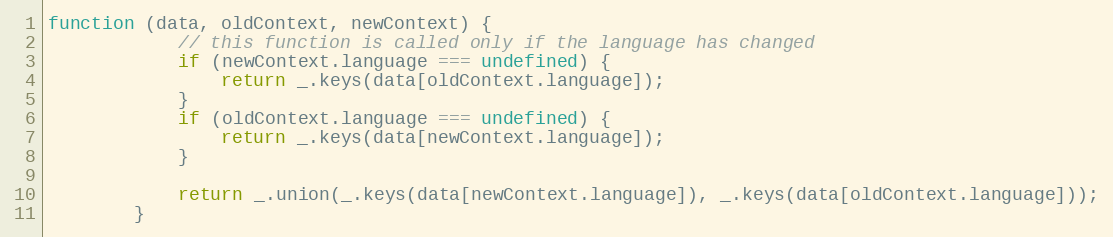
Language: JavaScript
function (data, oldContext, newContext) {
            // this function is called only if the language has changed
            if (newContext.language === undefined) {
                return _.keys(data[oldContext.language]);
            }
            if (oldContext.language === undefined) {
                return _.keys(data[newContext.language]);
            }

            return _.union(_.keys(data[newContext.language]), _.keys(data[oldContext.language]));
        }